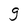
Character: g